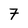
Character: 7